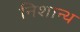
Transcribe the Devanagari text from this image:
निशान्थ